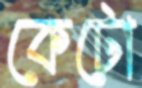
কেটো